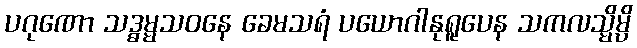
ပဂုဏော သဒ္ဓမ္မသဝနေ ခေမသရံ ပယောဂါနုရူပေန သကလသ္မိမ္ပိ